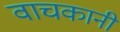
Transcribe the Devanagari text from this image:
वाचकानी